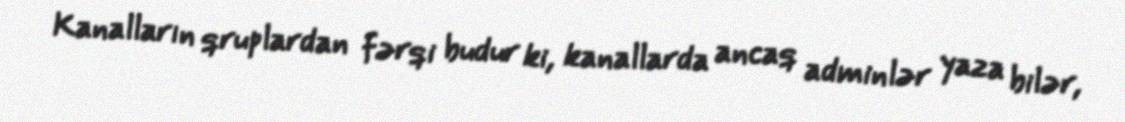
Kanalların qruplardan fərqi budur ki, kanallarda ancaq adminlər yaza bilər,